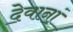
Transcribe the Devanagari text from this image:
दे॒वानां॒